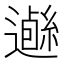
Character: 𨗰